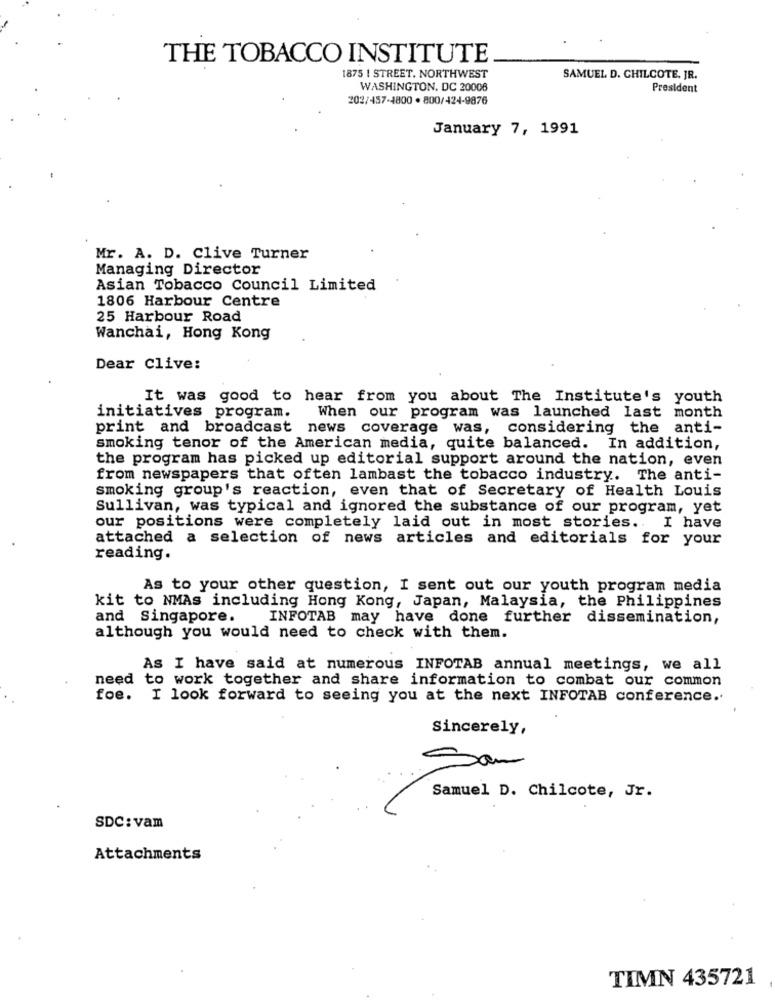
THE TOBACCO INSTITUTE
1875 | STREET. NORTHWEST
SAMUEL D. CHILCOTE, JR.
WASHINGTON, DC 20008
President
202/457-4800 . 800/424-9876
January 7, 1991
Mr. A. D. Clive Turner
Managing Director
Asian Tobacco Council Limited
1806 Harbour Centre
25 Harbour Road
Wanchai, Hong Kong
Dear Clive:
It was good to hear from you about The Institute's youth
initiatives program.
When our program was launched last month
print and broadcast news coverage was, considering the anti-
smoking tenor of the American media, quite balanced. In addition,
the program has picked up editorial support around the nation, even
from newspapers that often lambast the tobacco industry. The anti-
smoking group's reaction, even that of Secretary of Health Louis
Sullivan, was typical and ignored the substance of our program, yet
our positions were completely laid out in most stories ..
I have
attached a selection of news articles and editorials for your
reading.
As to your other question, I sent out our youth program media
kit to NMAs including Hong Kong, Japan, Malaysia, the Philippines
and Singapore.
INFOTAB may have done further dissemination,
although you would need to check with them.
As I have said at numerous INFOTAB annual meetings, we all
need to work together and share information to combat our common
foe. I look forward to seeing you at the next INFOTAB conference ..
Sincerely,
San
Samuel D. Chilcote, Jr.
SDC: vam
Attachments
TIMN 435721